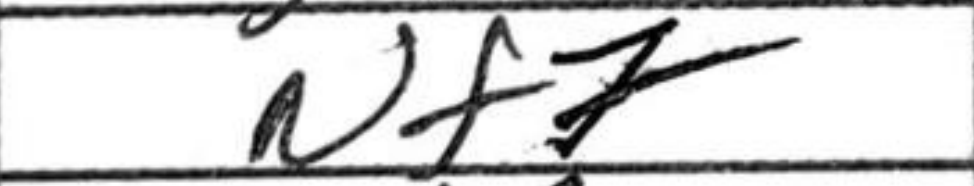
Transcription: Nf7